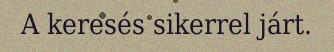
A keresés sikerrel járt.